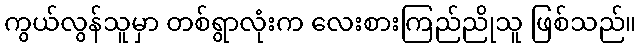
ကွယ်လွန်သူမှာ တစ်ရွာလုံးက လေးစားကြည်ညိုသူ ဖြစ်သည်။